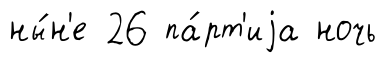
ны́н'е 26 па́рт'иjа ночь